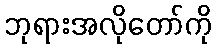
ဘုရားအလိုတော်ကို